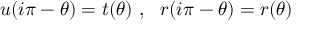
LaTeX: u ( i \pi - \theta ) = t ( \theta ) ~ , ~ ~ r ( i \pi - \theta ) = r ( \theta )